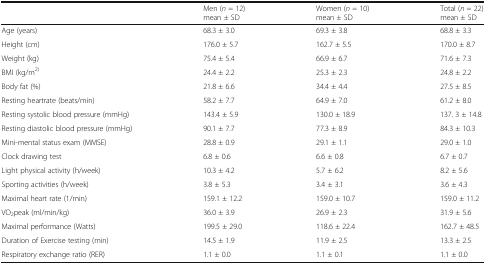
<table><thead><tr><td></td><td><b>Men (<i>n</i> = 12)mean ± SD</b></td><td><b>Women (<i>n</i> = 10)mean ± SD</b></td><td><b>Total (<i>n</i> = 22)mean ± SD</b></td></tr></thead><tbody><tr><td>Age (years)</td><td>68.3 ± 3.0</td><td>69.3 ± 3.8</td><td>68.8 ± 3.3</td></tr><tr><td>Height (cm)</td><td>176.0 ± 5.7</td><td>162.7 ± 5.5</td><td>170.0 ± 8.7</td></tr><tr><td>Weight (kg)</td><td>75.4 ± 5.4</td><td>66.9 ± 6.7</td><td>71.6 ± 7.3</td></tr><tr><td>BMI (kg/m<sup>2)</sup></td><td>24.4 ± 2.2</td><td>25.3 ± 2.3</td><td>24.8 ± 2.2</td></tr><tr><td>Body fat (%)</td><td>21.8 ± 6.6</td><td>34.4 ± 4.4</td><td>27.5 ± 8.5</td></tr><tr><td>Resting heartrate (beats/min)</td><td>58.2 ± 7.7</td><td>64.9 ± 7.0</td><td>61.2 ± 8.0</td></tr><tr><td>Resting systolic blood pressure (mmHg)</td><td>143.4 ± 5.9</td><td>130.0 ± 18.9</td><td>137. 3 ± 14.8</td></tr><tr><td>Resting diastolic blood pressure (mmHg)</td><td>90.1 ± 7.7</td><td>77.3 ± 8.9</td><td>84.3 ± 10.3</td></tr><tr><td>Mini-mental status exam (MMSE)</td><td>28.8 ± 0.9</td><td>29.1 ± 1.1</td><td>29.0 ± 1.0</td></tr><tr><td>Clock drawing test</td><td>6.8 ± 0.6</td><td>6.6 ± 0.8</td><td>6.7 ± 0.7</td></tr><tr><td>Light physical activity (h/week)</td><td>10.3 ± 4.2</td><td>5.7 ± 6.2</td><td>8.2 ± 5.6</td></tr><tr><td>Sporting activities (h/week)</td><td>3.8 ± 5.3</td><td>3.4 ± 3.1</td><td>3.6 ± 4.3</td></tr><tr><td>Maximal heart rate (1/min)</td><td>159.1 ± 12.2</td><td>159.0 ± 10.7</td><td>159.0 ± 11.2</td></tr><tr><td>VO<sub>2</sub>peak (ml/min/kg)</td><td>36.0 ± 3.9</td><td>26.9 ± 2.3</td><td>31.9 ± 5.6</td></tr><tr><td>Maximal performance (Watts)</td><td>199.5 ± 29.0</td><td>118.6 ± 22.4</td><td>162.7 ± 48.5</td></tr><tr><td>Duration of Exercise testing (min)</td><td>14.5 ± 1.9</td><td>11.9 ± 2.5</td><td>13.3 ± 2.5</td></tr><tr><td>Respiratory exchange ratio (RER)</td><td>1.1 ± 0.0</td><td>1.1 ± 0.1</td><td>1.1 ± 0.0</td></tr></tbody></table>